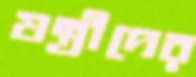
যন্ত্রীদের